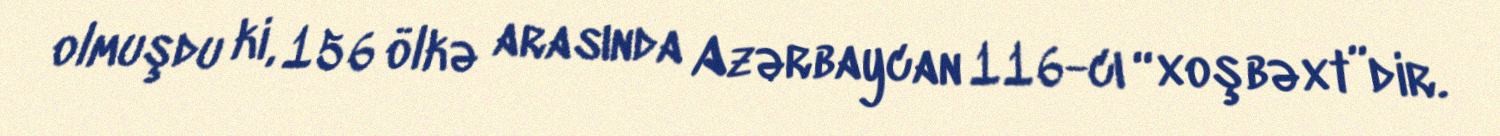
olmuşdu ki, 156 ölkə arasında Azərbaycan 116-cı “xoşbəxt”dir.